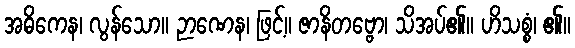
အဓိကေန၊ လွန်သော။ ဉာဏေန၊ ဖြင့်။ ဇာနိတဗ္ဗော၊ သိအပ်၏။ ဟိသစ္စံ၊ ၏။